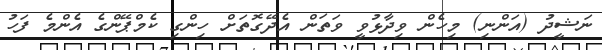
ނަޝީދު (އަންނި) މިހެން ވިދާޅުވީ ވަތަން އެދޭގޮތަށް ހިންގި ކެމްޕޭންގެ އެންމެ ފަހު